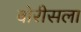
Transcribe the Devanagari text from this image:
बोरीसला